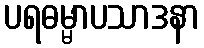
ပရဓမ္မာပသာဒနာ